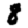
Digit: 8